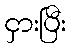
ငှားပြီး